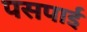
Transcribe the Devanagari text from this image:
पसपाई